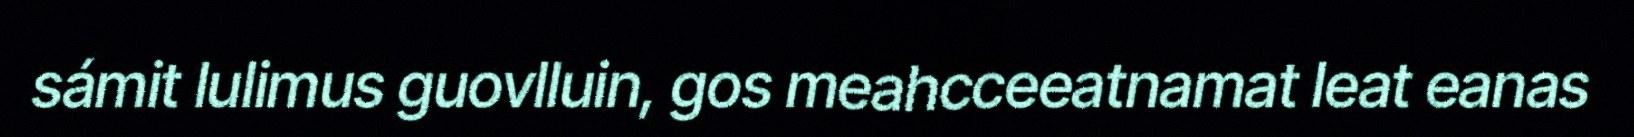
sámit lulimus guovlluin, gos meahcceeatnamat leat eanas